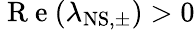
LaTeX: \mathrm{~R~e~}(\lambda_{\mathrm{NS,\pm}})>0